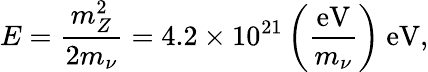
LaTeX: E={\frac{m_{Z}^{2}}{2m_{\nu}}}=4.2\times 10^{21}\left({\frac{\mathrm{eV}}{m_{\nu}}}\right)~{\mathrm{eV}},